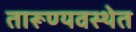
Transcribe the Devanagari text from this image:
तारूण्यवस्थेत